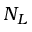
N _ { L }